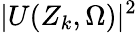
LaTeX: |U(Z_{k},\Omega)|^{2}